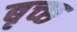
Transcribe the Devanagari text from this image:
बृच्‍छ